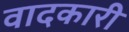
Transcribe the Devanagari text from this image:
वादकारी